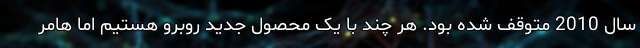
سال 2010 متوقف شده بود. هر چند با یک محصول جدید روبرو هستیم اما هامر